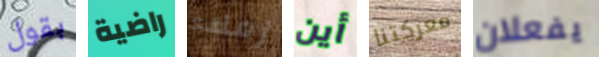
بقول راضية زملاء أين معركتنا يفعلان